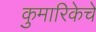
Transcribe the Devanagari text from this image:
कुमारिकेचे